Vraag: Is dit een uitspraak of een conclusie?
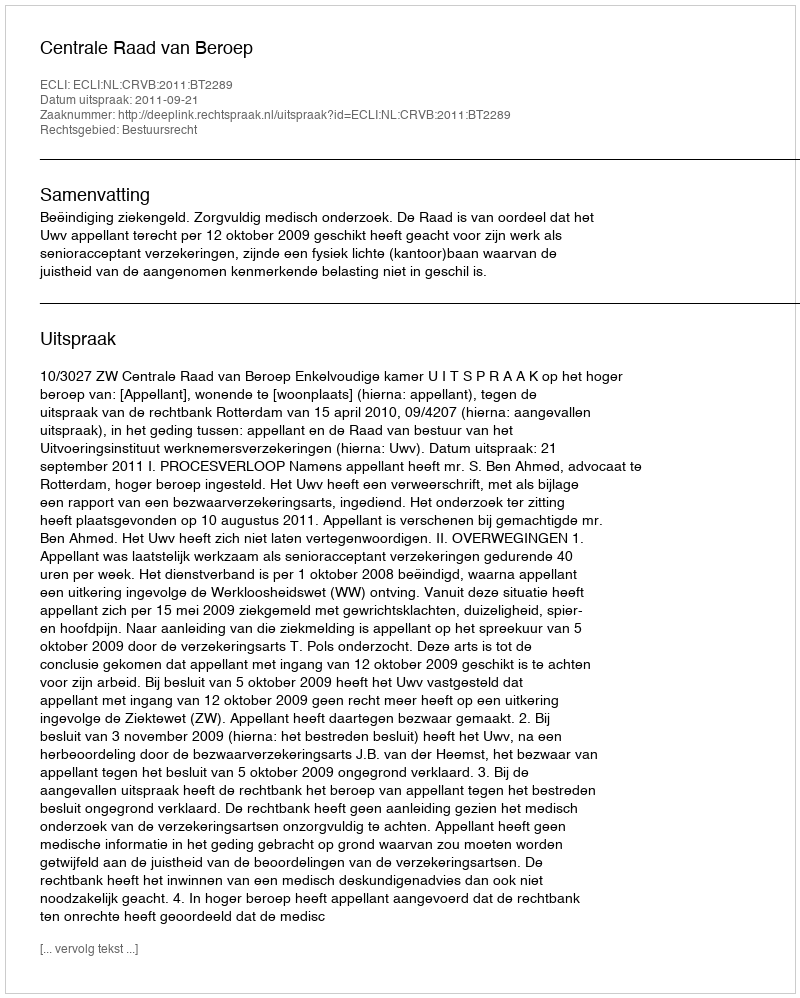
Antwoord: Uitspraak